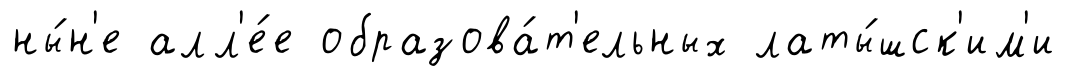
ны́н'е алл'е́е образова́т'ельных латы́шск'им'и